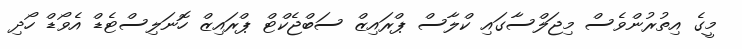
މީގެ އިތުރުންވެސް މިޖަލްސާގައި ކްލާސް ޕްރައިޒް ސަބްޖެކްޓް ޕްރައިޒް ހޮނަލިސްޓެޑް އެވޯޑް ހޯދި